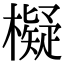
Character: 𣝅